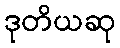
ဒုတိယဆု